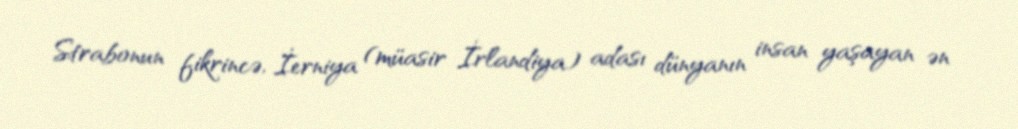
Strabonun fikrincə, İerniya (müasir İrlandiya) adası dünyanın insan yaşayan ən